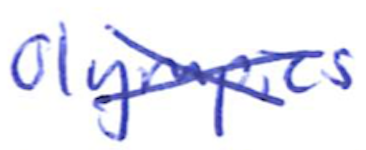
Text: Olympics
Cross-out: cross
Writing tool: ballpoint